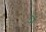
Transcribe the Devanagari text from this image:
ञं